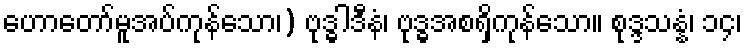
ဟောတော်မူအပ်ကုန်သော၊) ဗုဒ္ဓါဒီနံ၊ ဗုဒ္ဓအစရှိကုန်သော။ စုဒ္ဒသန္နံ၊ ၁၄၊